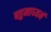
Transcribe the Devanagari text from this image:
बहुमाध्‍यमं